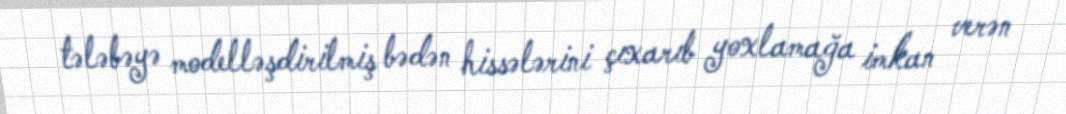
tələbəyə modelləşdirilmiş bədən hissələrini çıxarıb yoxlamağa imkan verən